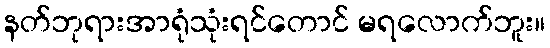
နတ်ဘုရားအာရုံသုံးရင်တောင် မရလောက်ဘူး။